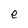
Character: e